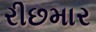
રીછમાર